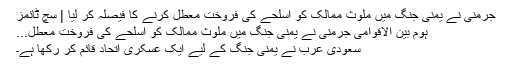
جرمنی نے یمنی جنگ میں ملوث ممالک کو اسلحے کی فروخت معطل کرنے کا فیصلہ کر لیا | سچ ٹائمز
ہوم بین الاقوامی جرمنی نے یمنی جنگ میں ملوث ممالک کو اسلحے کی فروخت معطل...
سعودی عرب نے یمنی جنگ کے لیے ایک عسکری اتحاد قائم کر رکھا ہے۔